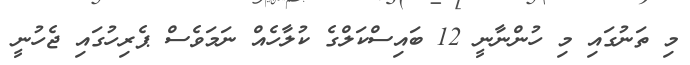
މި ތަނުގައި މި ހުންނާނީ 12 ބައިސްކަލްގެ ކުލާހެއް ނަމަވެސް ޕެރިހުގައި ޖެހުނީ